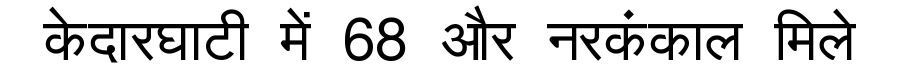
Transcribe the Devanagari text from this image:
केदारघाटी में 68 और नरकंकाल मिले